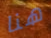
هنا